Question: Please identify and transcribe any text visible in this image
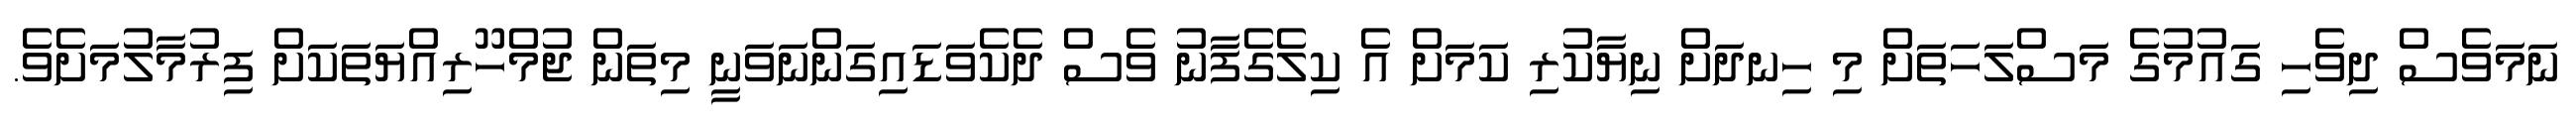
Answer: ނަމަވެސް ދިވެހި ގައުމުގެ މަސްލަހަތަށް މި ހިނދަށް ނިޔާކުރި ކަމަށް އެ ކިލެގެފާނު ވެސް ދެކެވަޑައިގަންނަވަނީ މިތަން ޖުމްހޫރިއްޔަތަކަށް ފިރުމާލުމަށެވެ.